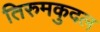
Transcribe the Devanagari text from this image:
तिरुमकुदल